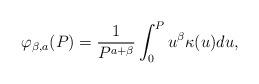
LaTeX: \begin{align*}\varphi_{\beta,a}(P)=\frac{1}{P^{a+\beta}}\int_{0}^{P}u^\beta\kappa(u)du,\end{align*}